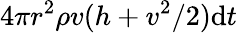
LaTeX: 4\pi r^{2}\rho v(h+v^{2}/2)\mathrm{d}t